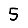
Digit: 5